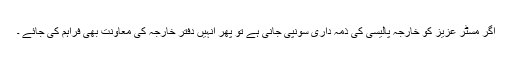
اگر مسٹر عزیز کو خارجہ پالیسی کی ذمہ داری سونپی جانی ہے تو پھر اُنہیں دفتر ِخارجہ کی معاونت بھی فراہم کی جائے ۔